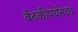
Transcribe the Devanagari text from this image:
बैठकींपर्यंतचा